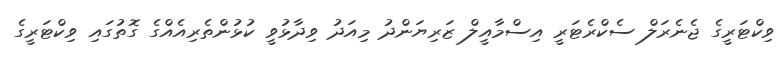
ވިކްޓަރީގެ ޖެނެރަލް ސެކްރެޓަރީ އިސްމާއީލް ޒަރިޔަންދު މިއަދު ވިދާޅުވީ ކުޅުންތެރިއެއްގެ ގޮތުގައި ވިކްޓަރީގެ